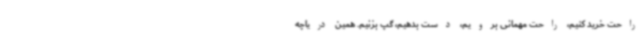
راحت خرید کنیم، راحت مهمانی برویم، دست بدهیم، گپ بزنیم. همین دریاچه